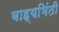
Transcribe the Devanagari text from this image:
बाह्यभिंती